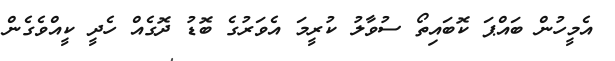
އެމީހުން ބައްޕަ ކޮބައިތޯ ސުވާލު ކުރީމަ އެވަރުގެ ބޮޑު ދޮގެއް ހެދީ ކީއްވެގެން